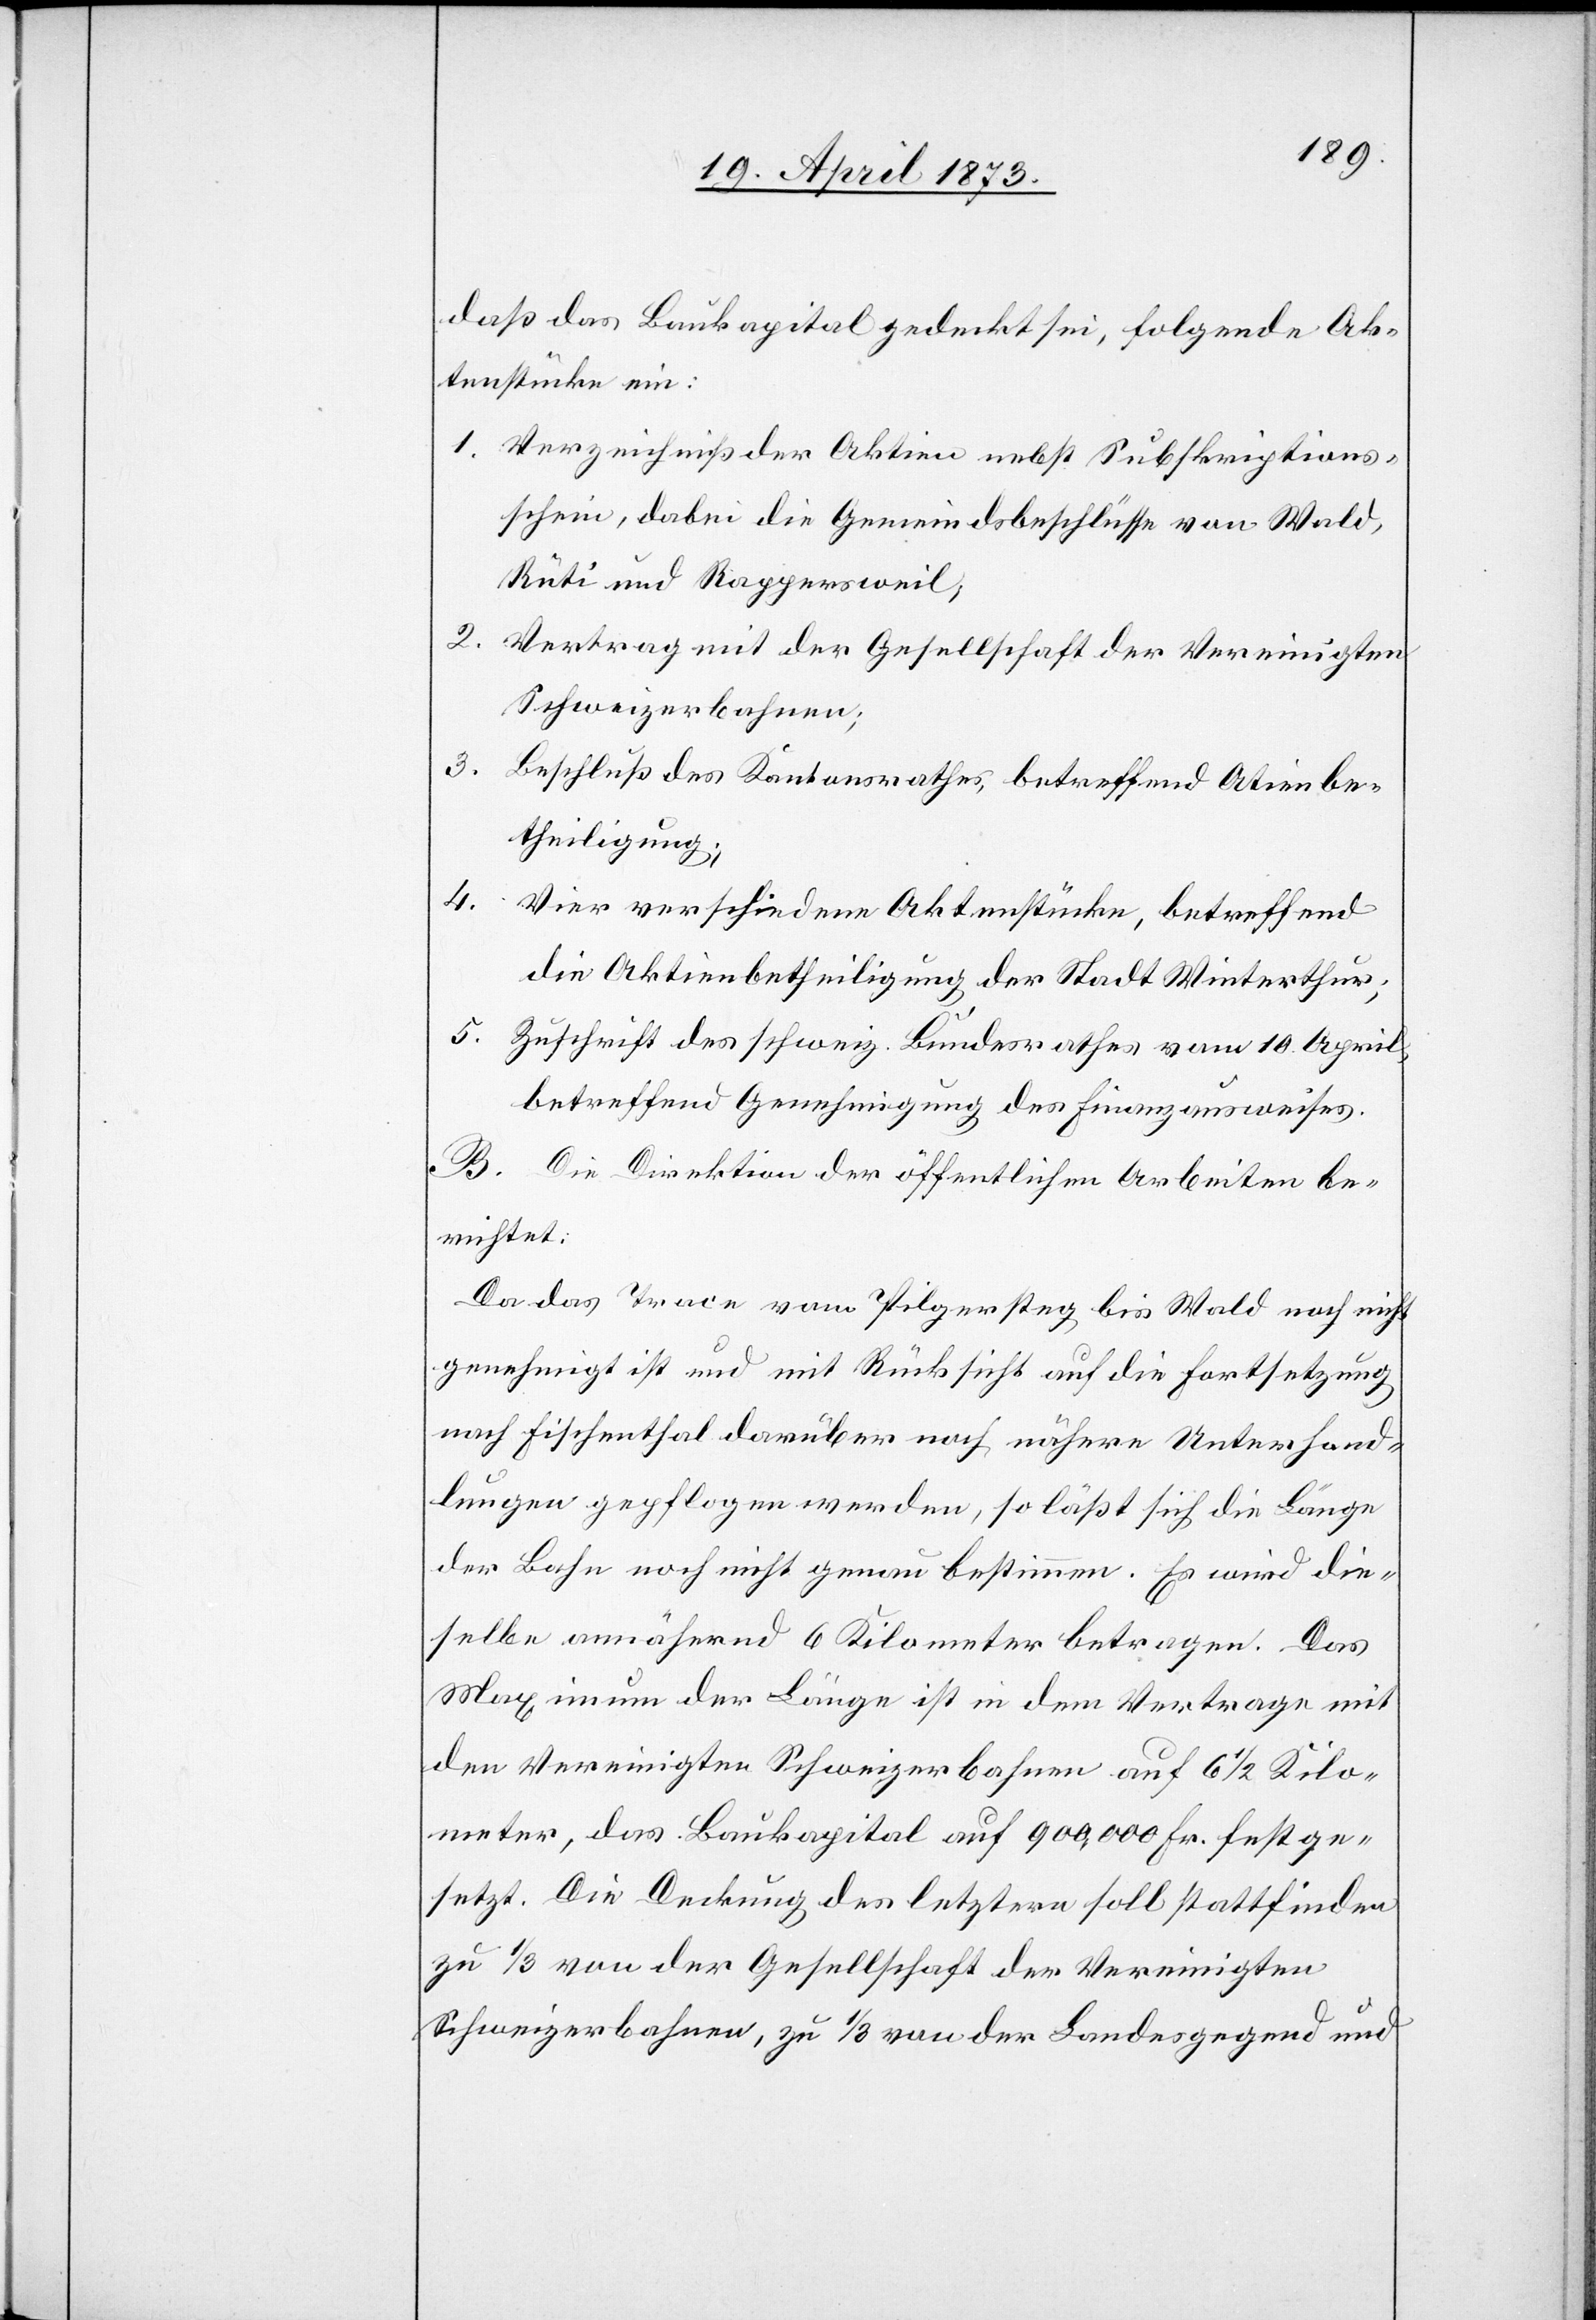
daß das Baukapital gedeckt sei, folgende Ak¬
tenstücke ein:
1. Verzeichniß der Aktien nebst Subskriptions¬
schein, dabei die Gemeindsbeschlüsse von Wald,
Rüti und Rappersweil;
2. Vertrag mit der Gesellschaft der Vereinigten
Schweizerbahnen;
3.
Beschluß des Kantonsrathes, betreffend Atienbe¬
theiligung
4.
Vier verschiedene Aktenstücke, betreffend
die Aktienbetheiligung der Stadt Winterthur;
5. Zuschrift des schweiz. Bundesrathes vom 10. April,
betreffend Genehmigung des Finanzausweises.
B. Die Direktion der öffentlichen Arbeiten be¬
richtet:
Da das Trace vom Pilgersteg bis Wald noch nicht
genehmigt ist und mit Rücksicht auf die Fortsetzung
nach Fischenthal darüber noch nähere Unterhand¬
lungen gepflogen werden, so läßt sich die Länge
der Bahn noch nicht genau bestimmen. Es wird die¬
selbe annähernd 6 Kilometer betragen. Das
Maximum der Länge ist in dem Vertrage mit
den Vereinigten Schweizerbahnen auf 6 1/2 Kilo¬
meter, das Baukapital auf 900,000 Fr. festge¬
setzt. Die Deckung des letztern soll stattfinden
zu 1/3 von der Gesellschaft der Vereinigten
Schweizerbahnen, zu 1/3 von der Landesgegend und